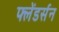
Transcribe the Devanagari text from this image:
फ्लेंडर्सन